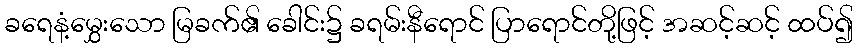
ခရေနံ့မွှေးသော မြခက်၏ ခေါင်း၌ ခရမ်းနီရောင် ပြာရောင်တို့ဖြင့် အဆင့်ဆင့် ထပ်၍